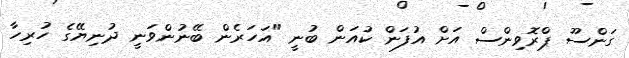
ގަންސޫ ޕްރޮވިންސް އަށް އުފަން ކުއަން ބުނީ "އަހަރެން ބޭނުންވަނީ ދުނިޔޭގެ ހުރިހާ